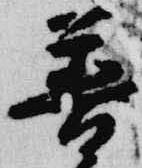
普